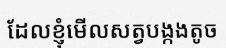
ដែលខ្ញុំមើលសត្វបង្កងតូច